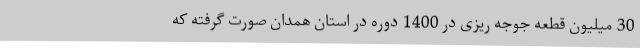
30 میلیون قطعه جوجه ریزی در 1400 دوره در استان همدان صورت گرفته که